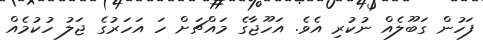
ފަހުން ގަބޫލެއް ނުކުރި އެވެ. އަހޫޖާގެ މައްޗަށް ހަ އަހަރުގެ ޖަލު ހުކުމެއް